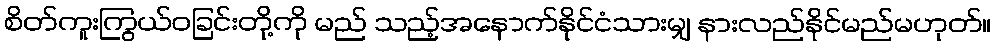
စိတ်ကူးကြွယ်ဝခြင်းတို့ကို မည် သည့်အနောက်နိုင်ငံသားမျှ နားလည်နိုင်မည်မဟုတ်။